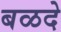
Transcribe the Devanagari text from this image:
बळदे